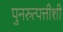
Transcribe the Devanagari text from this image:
पुनरुत्पत्तीशी